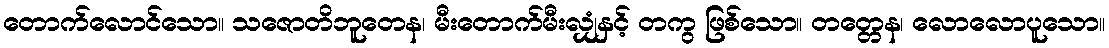
တောက်လောင်သော။ သဇောတိဘူတေန၊ မီးတောက်မီးလျှံနှင့် တကွ ဖြစ်သော။ တတ္တေန၊ လောလောပူသော။